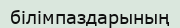
білімпаздарының